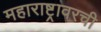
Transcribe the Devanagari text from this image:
महाराष्ट्रावरची